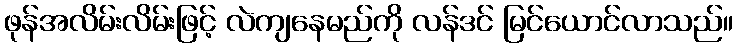
ဖုန်အလိမ်းလိမ်းဖြင့် လဲကျနေမည်ကို လန်ဒင် မြင်ယောင်လာသည်။